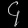
Digit: ၄